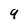
Character: 9